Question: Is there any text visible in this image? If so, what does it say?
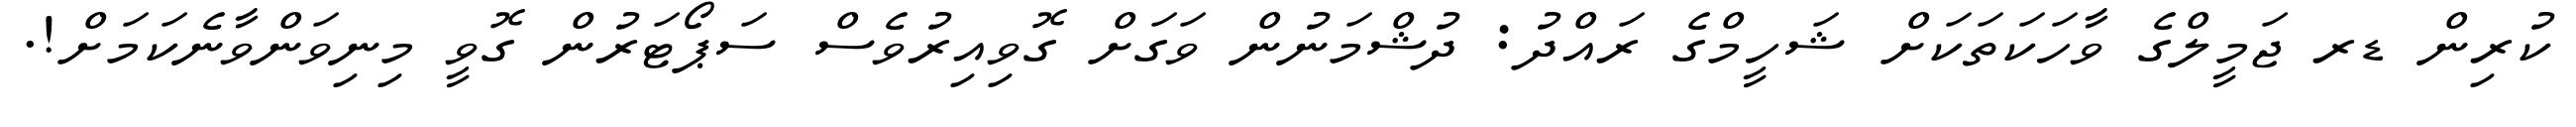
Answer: ކުރިން ޑރ ޖަމީލްގެ ވާހަކަތަކަށް ޝަހީމްގެ ރައްދު: ދުޝްމަނުން ވަގަށް ގޮވިއިރުވެސް ސަޕޯޓަރުން ގޮވީ މިނިވަންވާނެކަމަށް!.